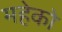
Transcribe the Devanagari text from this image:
महेको